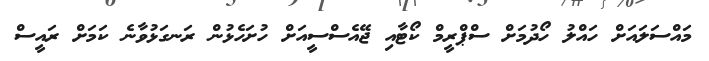
މައްސަލައަށް ހައްލު ހޯދުމަށް ސްޕްރީމް ކޯޓާއި ޖޭއެސްސީއަށް ހުށަހެޅުން ރަނގަޅުވާނެ ކަމަށް ރައީސް